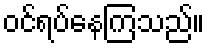
ဝင်ရပ်နေကြသည်။